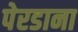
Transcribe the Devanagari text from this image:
पेरडाना